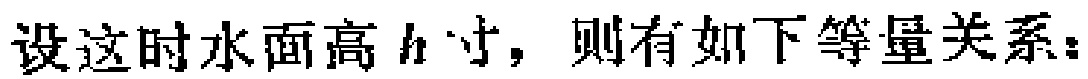
设这时水面高\(h\)寸，则有如下等量关系：